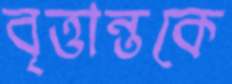
বৃত্তান্তকে